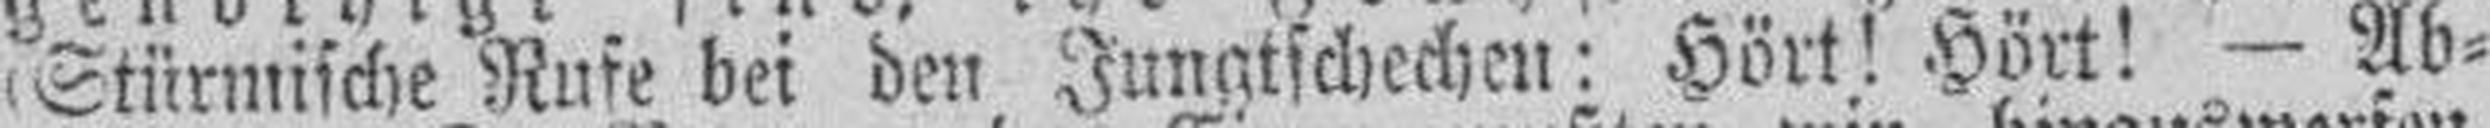
(Stürmische Rufe bei den Jungtschechen: Hört! Hört! — Ab¬